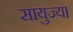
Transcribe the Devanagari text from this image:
सायुज्य।